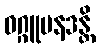
ဝဂ္ဂူပနဒန္တိ